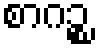
စာဂဉ္စ